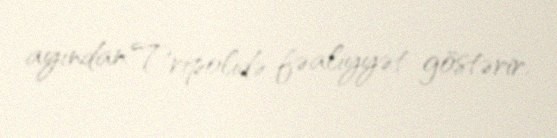
ayından Tripolidə fəaliyyət göstərir.